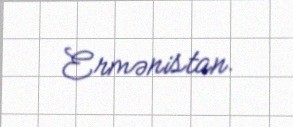
Ermənistan.